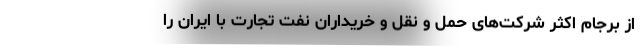
از برجام اکثر شرکت‌های حمل و نقل و خریداران نفت تجارت با ایران را